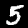
Label: 5